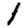
Digit: 1